Bréfritari: Halldór Guttormsson
Viðtakandi: Halldór Jónsson
Dagsetning: A-1874-05-10
Skrifað á: Arnheiðarstöðum  N-Múl.

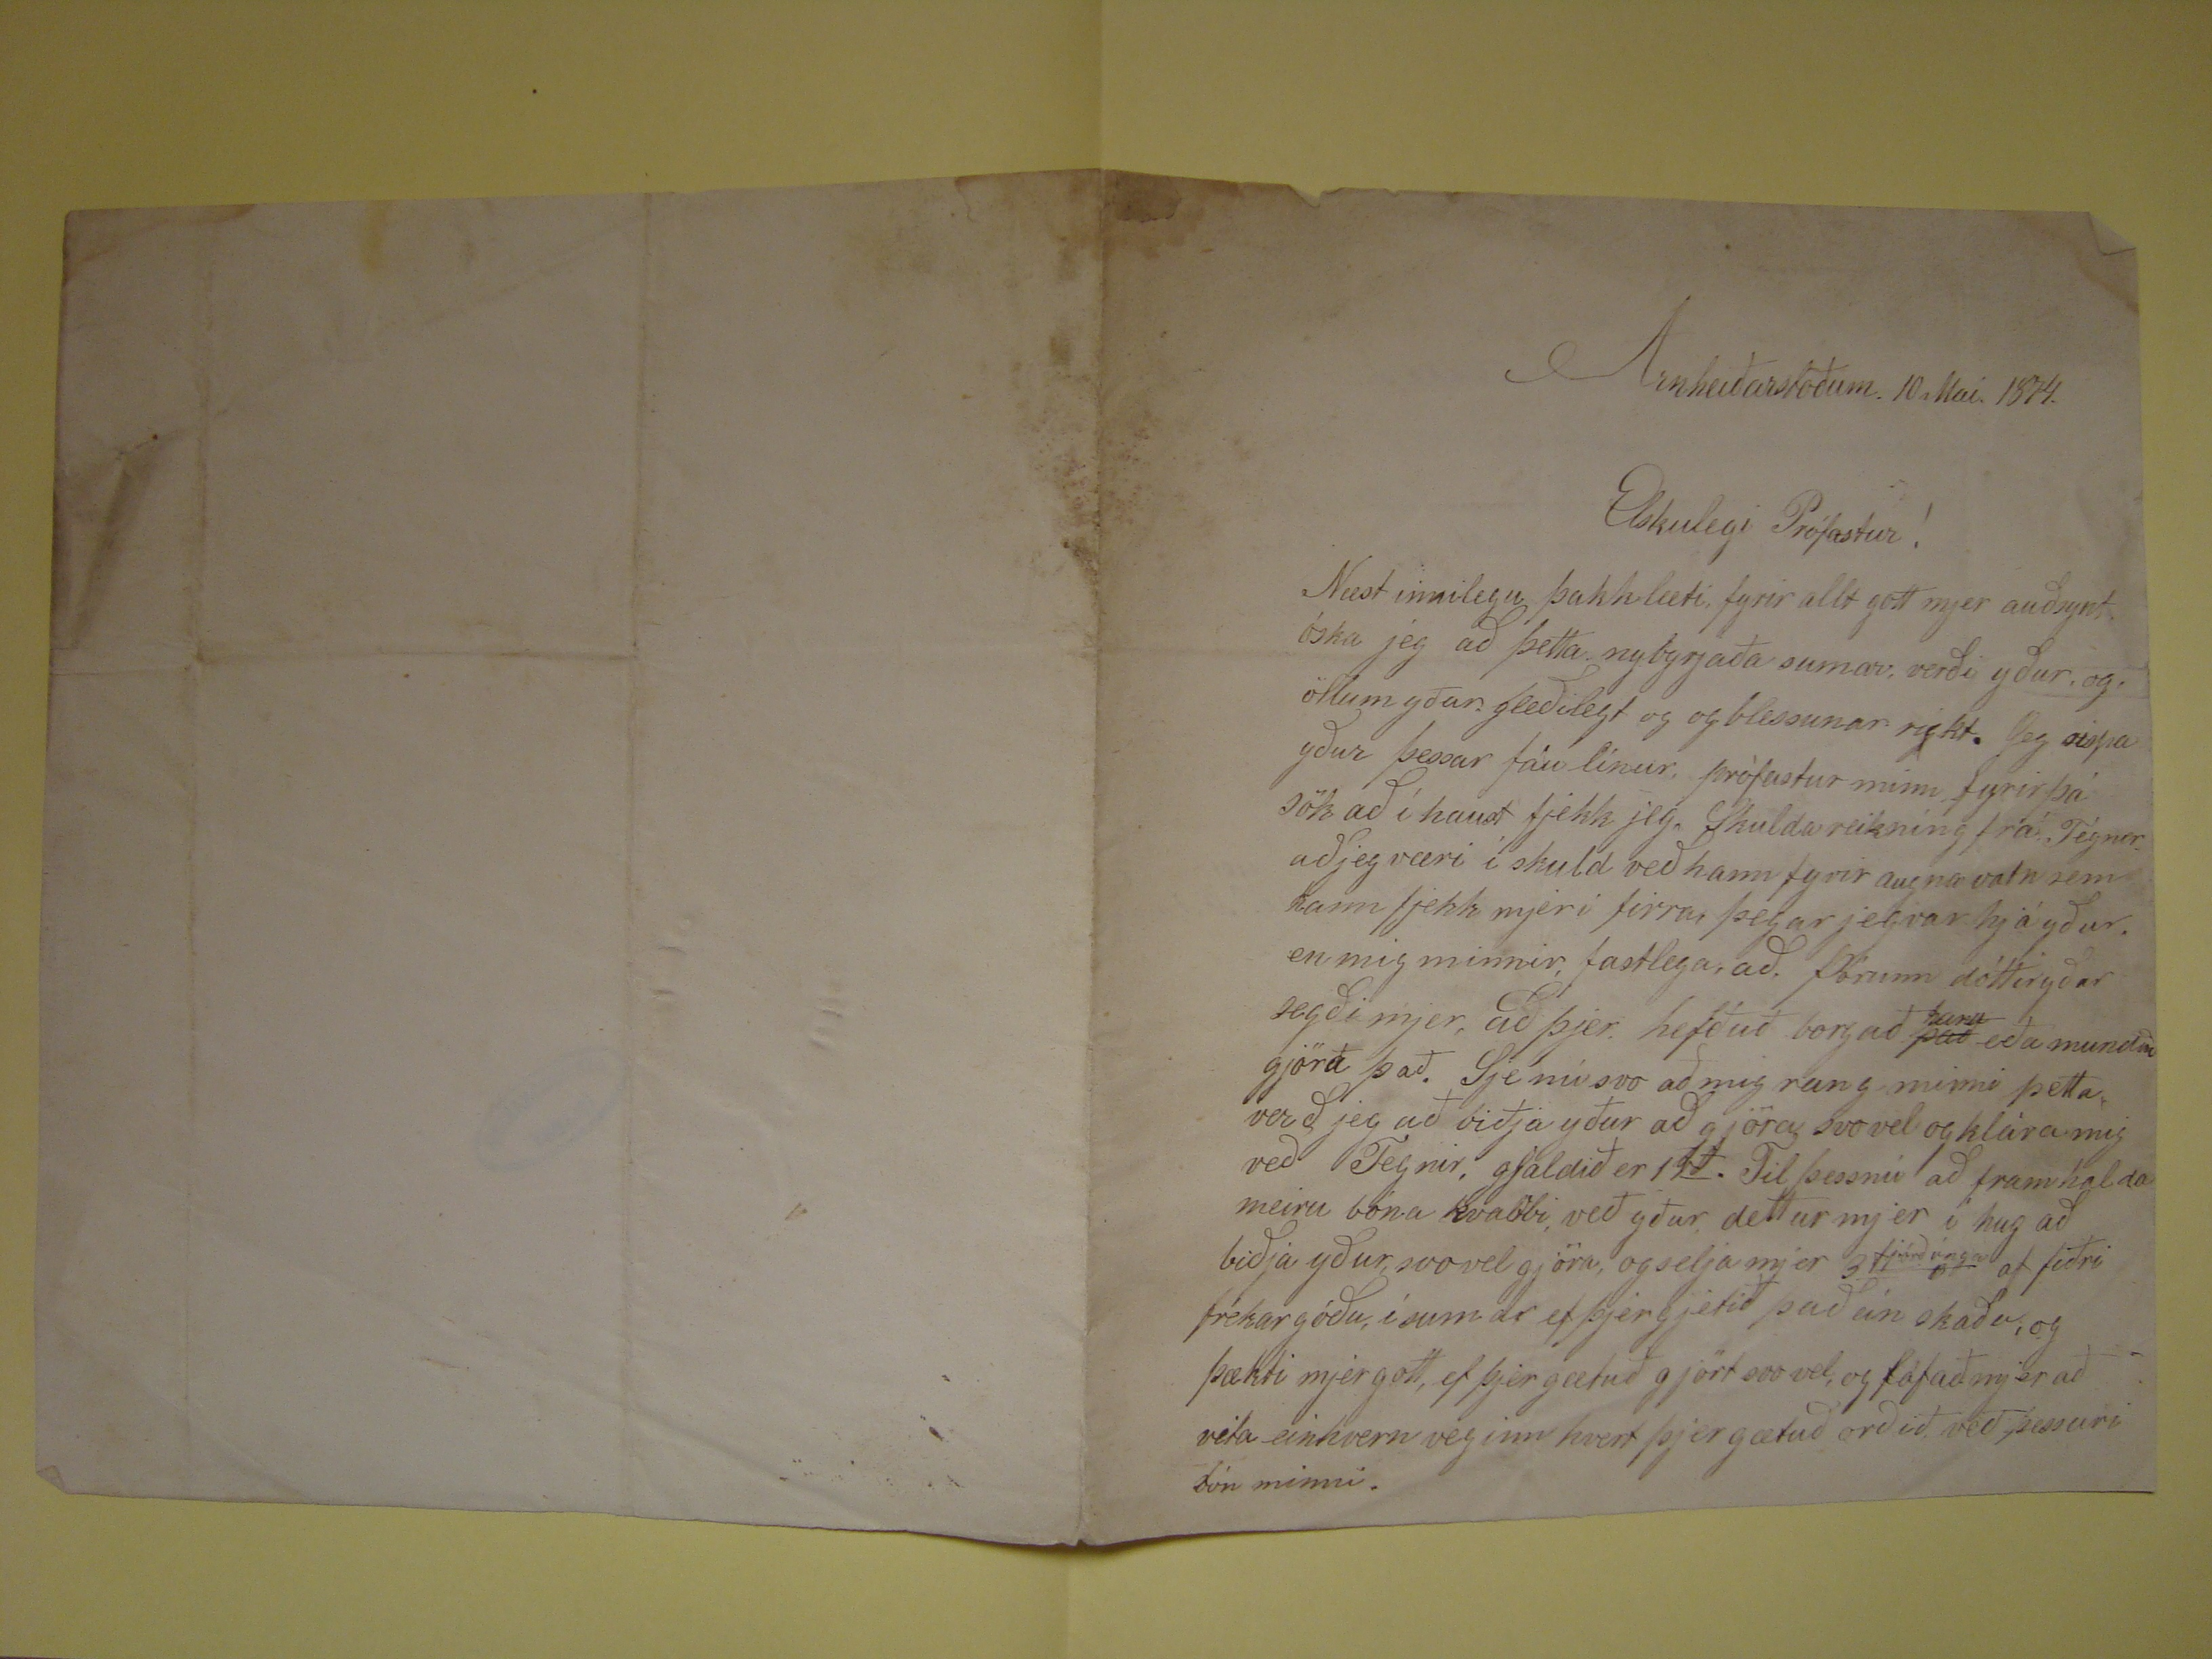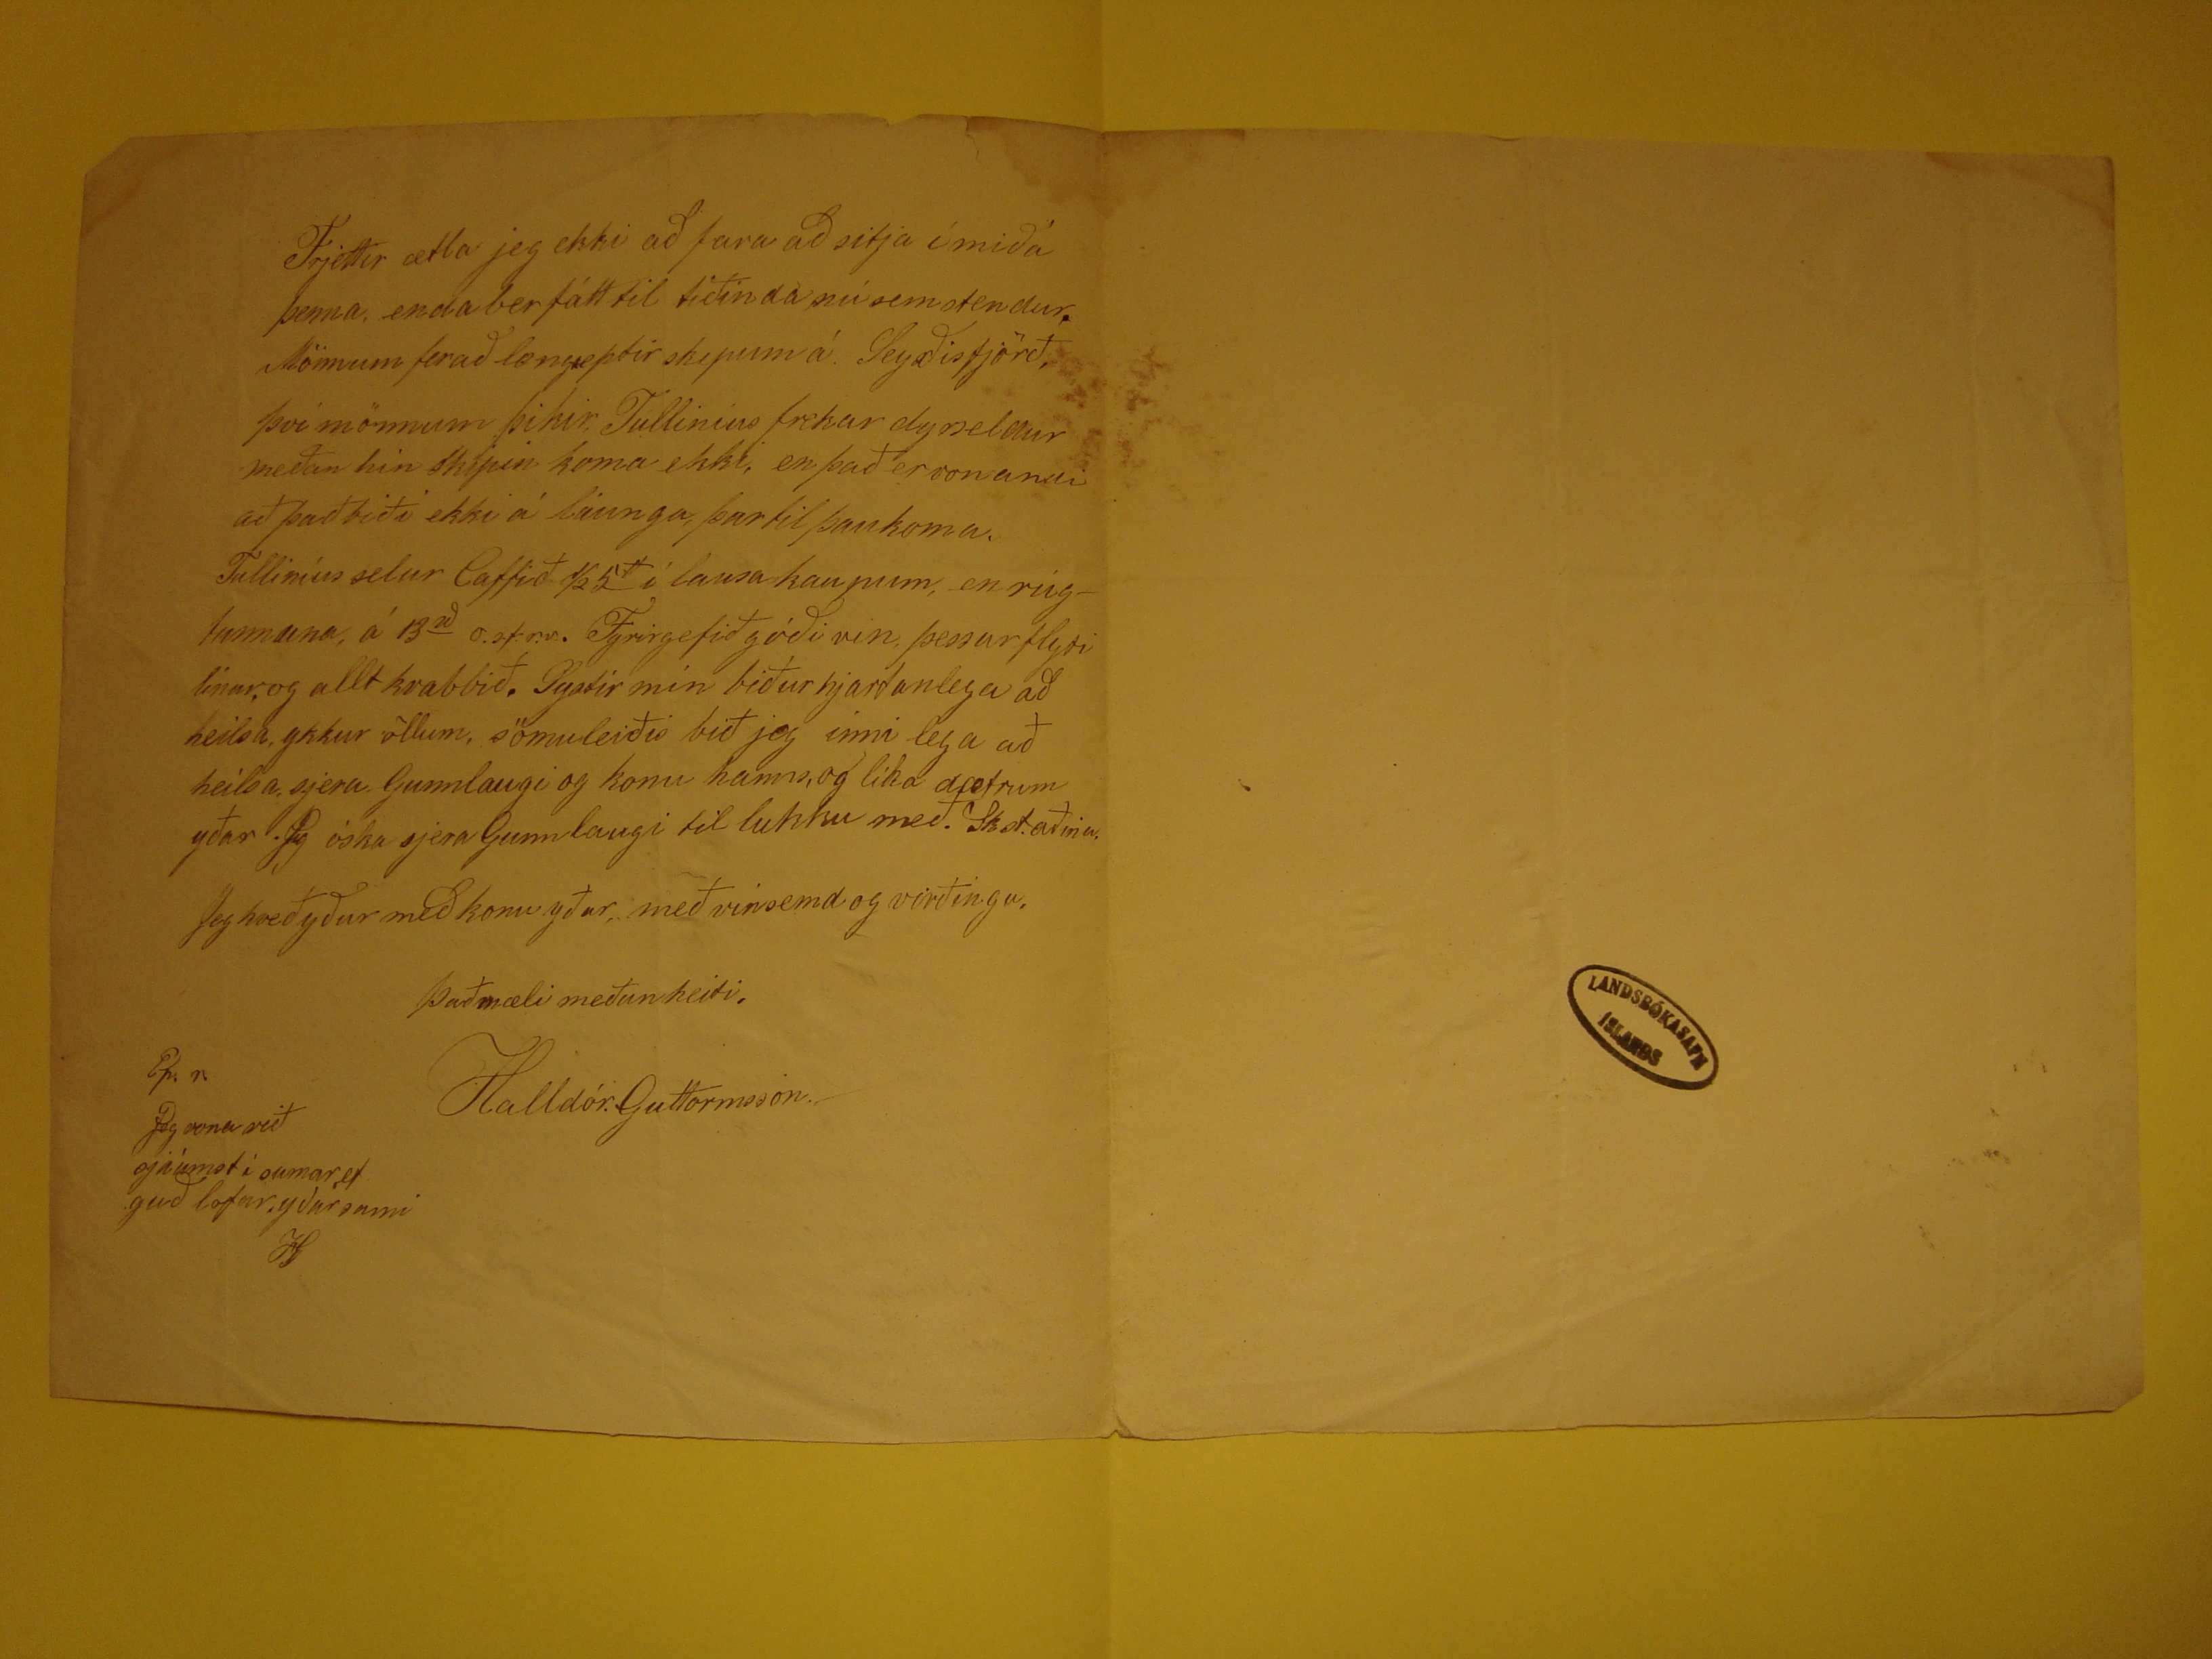

Arnheiðarstoðum. 10 Mai 1874.
Elskulegi Prófastur !
Næst innilegu þakklæti fyrir allt gott mjer auðsynt óska jeg að þetta nybyrjaða sumar verði yður ,og, öllum yðar gleðilegt og og blessunar rykt. Jeg rispa yður
þessar fáu línur, prófastur minn fyrir þá sök að í haust fjekk jeg, Skuldareikníng frá Tegner að jeg væri í skuld veð hann fyrir augna vatn sem hann fjekk mjer í firra,
þegar jegvar hjá yður. en mig minnir, fastlega, að, Þórunn dóttir yðar segði mjer, að þjer. hefðuð borgað
það
þau
eða mundir gjöra það. Sje nú svo að mig rang minni þetta verð jeg að biðja yður að gjöra svo vel og klára mig
veð Tegnir, gjaldið er
11
rd
. Til þessnú að framhalda meiru bóna kvabbi, veð yður
dettur mjer í hug að biðja yður, svo vel gjöra, og seljs mjer 3
???
fjórðúnga
af fiðri frekar góðu, í sumar ef þjer gjetið það án skaða, og þækti mjer gott, ef þjer gætuð gjört svo vel, og fófað mjer að veta einhvern veginn hvert þjer gætuð orðið
veð þessari bón minni.
Frjettir ætla jeg ekki að fara að sitja í miða þenna, enda ber fátt til tiðinda nú sem stendur. Mönnum ferað
long?eptir
skepnum á.
Seyðisfjörð, því mönnum þikir, Tullinius frekar dyrseldur meðan hin skipin koma ekki, en það er vonandi að það liði ekki á laungu, þar til þau koma, Tulliníus selur
Caffið 1/2 5
#
í lausa kaupum, en rúglunnuna, á 13
rd
o.s.f.r.v. Fyrirgefið góði vin, þessar flyti linur, og allt kvabbið. Systir mín biður hjartanlega að heilsa ykkur öllum, sömuleiðis bið jeg inni lega að heilsa sjera
Gunnlaugi og konu hanns, og lika dætrum yðar . Jeg óska sjera Gunnlaugi til lukku með. Skot.aðina. Jeg kveð yður með komu yður, með vinsemd og virðingu.
Það mæir meðunheiti,
Halldór.Guttormsson.-
Ep.r.
Jeg vona við sjáúmst í sumar, ef guð lofar, yðar sami HG